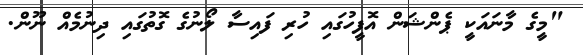
"މީގެ މާނައަކީ ޕެންޝަން އޮފީހުގައި ހުރި ފައިސާ ލޯނުގެ ގޮތުގައި ދިނުމެއް ނޫން.